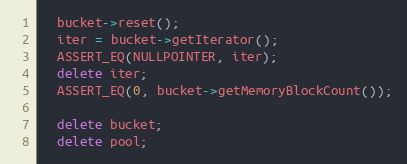
Language: C++
  bucket->reset();
  iter = bucket->getIterator();
  ASSERT_EQ(NULLPOINTER, iter);
  delete iter;
  ASSERT_EQ(0, bucket->getMemoryBlockCount());

  delete bucket;
  delete pool;